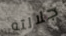
جلالته